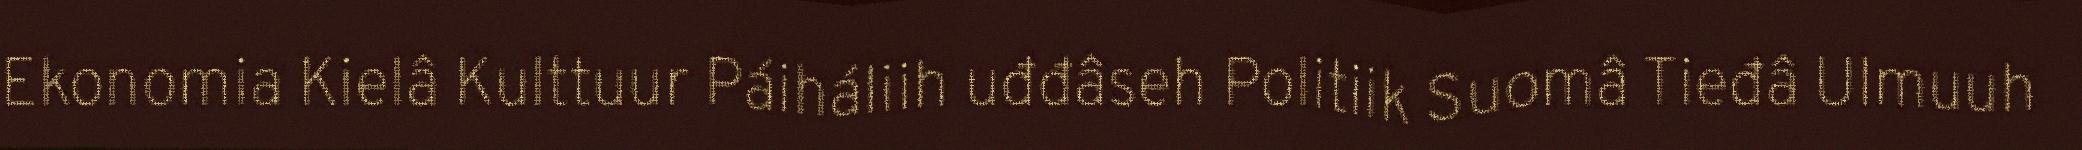
Ekonomia Kielâ Kulttuur Páiháliih uđđâseh Politiik Suomâ Tieđâ Ulmuuh